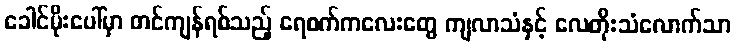
ခေါင်မိုးပေါ်မှာ တင်ကျန်ရစ်သည့် ရေစက်ကလေးတွေ ကျလာသံနှင့် လေတိုးသံလောက်သာ